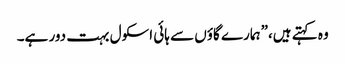
وہ کہتے ہیں،”ہمارے گاؤں سے ہائی اسکول بہت دور ہے۔